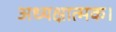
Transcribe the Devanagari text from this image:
अध्यक्षात्मक।